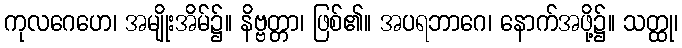
ကုလဂေဟေ၊ အမျိုးအိမ်၌။ နိဗ္ဗတ္တာ၊ ဖြစ်၏။ အပရဘာဂေ၊ နောက်အဖို့၌။ သတ္ထု၊